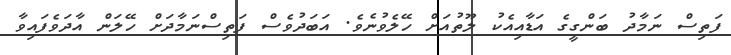
ފަތިސް ނަމާދު ބަންގީގެ އަޑާއިއެކު ލޫތުއަށް ހޭލެވުނެވެ. އަބަދުވެސް ފަތިސްނަމާދަށް ހޭލަން އާދަވެފައިވާ